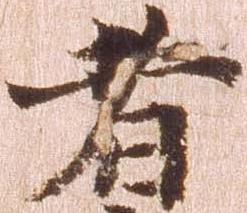
者